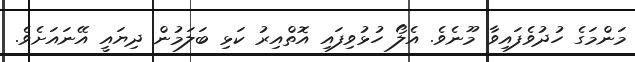
މަންމަގެ ހުދުވެފައިވާ މޫނެވެ. އެލޯ ހުޅުވިފައި އޮތްއިރު ކަޅި ބަލަމުން ދިޔައީ އޭނައަށެވެ.